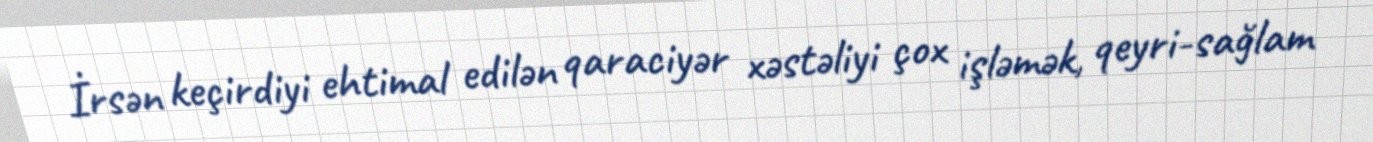
İrsən keçirdiyi ehtimal edilən qaraciyər xəstəliyi çox işləmək, qeyri-sağlam